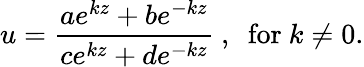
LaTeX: u=\frac{ae^{kz}+be^{-kz}}{ce^{kz}+de^{-kz}}~,~\mathrm{~for~}k\neq 0.